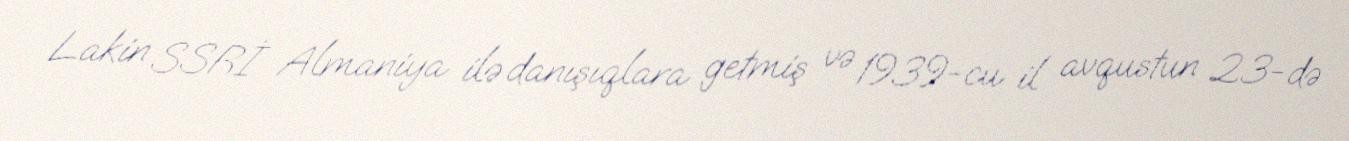
Lakin SSRİ Almaniya ilə danışıqlara getmiş və 1939-cu il avqustun 23-də